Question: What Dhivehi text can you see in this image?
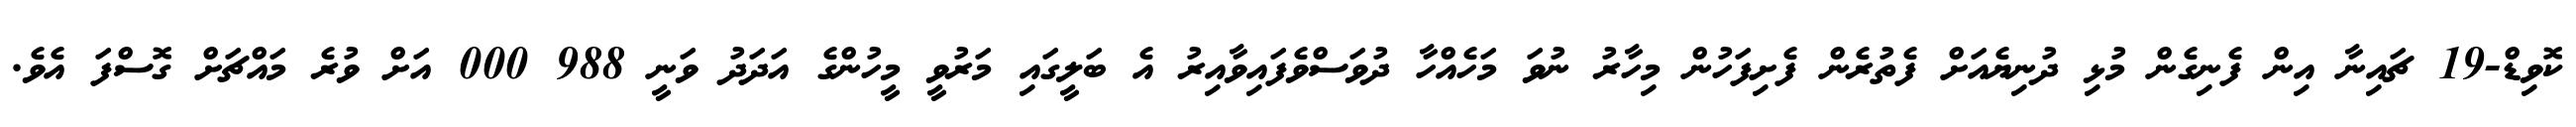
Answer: ކޮވިޑް-19 ޗައިނާ އިން ފެނިގެން މުޅި ދުނިޔެއަށް ފެތުރެން ފެށިފަހުން މިހާރު ނުވަ މަހެއްހާ ދުވަސްވެފައިވާއިރު އެ ބަލީގައި މަރުވީ މީހުންގެ އަދަދު ވަނީ 988 000 އަށް ވުރެ މައްޗަށް ގޮސްފަ އެވެ.